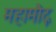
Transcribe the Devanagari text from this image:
महामौद्ग